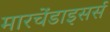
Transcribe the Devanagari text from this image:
मारचेंडाइसर्स